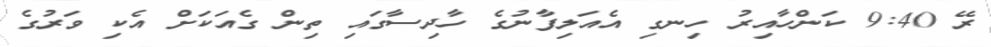
ރޭ 9:40 ކަންހާއިރު ހިނގި އެއަލިފާނުގެ ހާދިސާގައި ތިން ގެއަކަށް އެކި ވަރުގެ